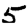
Digit: 5